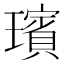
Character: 璸